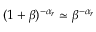
( 1 + \beta ) ^ { - \alpha _ { r } } \simeq \beta ^ { - \alpha _ { r } }